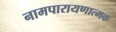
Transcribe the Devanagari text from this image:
नामपारायणात्मक